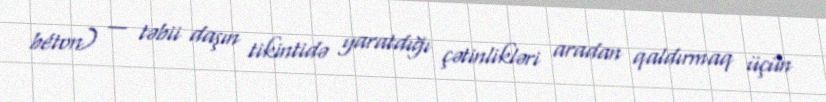
béton) — təbii daşın tikintidə yaratdığı çətinlikləri aradan qaldırmaq üçün